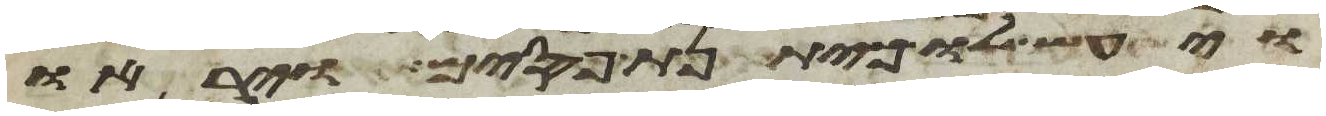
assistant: ויעש לו כיתנת פסים ויראו